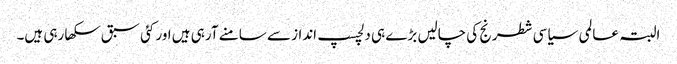
البتہ عالمی سیاسی شطرنج کی چالیں بڑے ہی دلچسپ انداز سے سامنے آرہی ہیں اور کئی سبق سکھا رہی ہیں۔